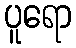
ပူရော